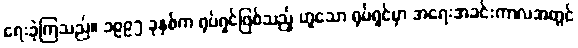
ရေးခဲ့ကြသည်။ ၁၉၉၅ ခုနှစ်က ရုပ်ရှင်ဖြစ်သည့် ဟူသော ရုပ်ရှင်မှာ အရေးအခင်းကာလအတွင်